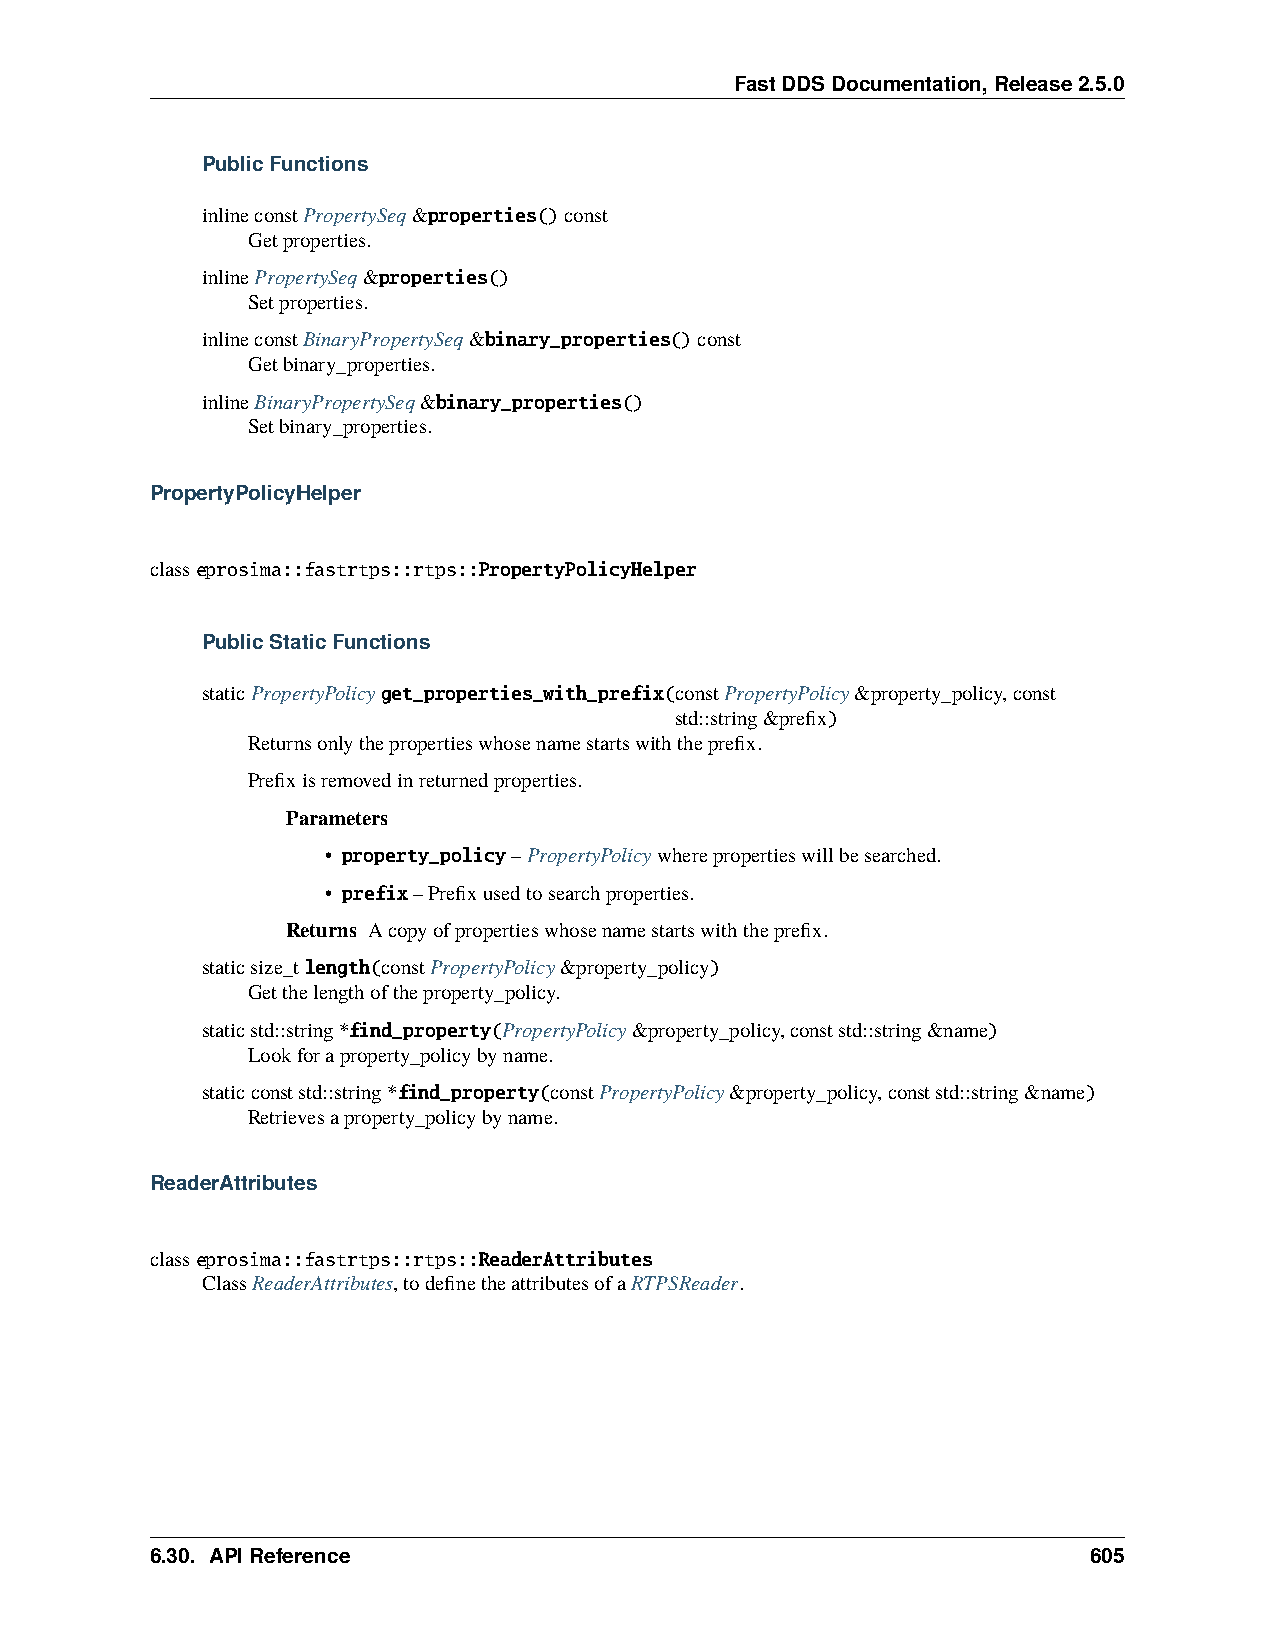
FastDDSDocumentation,Release2.5.0
 PublicFunctions
 inlineconstPropertySeq&properties()const
 Getproperties.
 inlinePropertySeq&properties()
 Setproperties.
 inlineconstBinaryPropertySeq&binary_properties()const
 Getbinary_properties.
 inlineBinaryPropertySeq&binary_properties()
 Setbinary_properties.
 PropertyPolicyHelper
 classeprosima::fastrtps::rtps::PropertyPolicyHelper
 PublicStaticFunctions
 staticPropertyPolicyget_properties_with_prefix(constPropertyPolicy&property_policy,const
 std::string&prefix)
 Returnsonlythepropertieswhosenamestartswiththeprefix.
 Prefixisremovedinreturnedproperties.
 Parameters
 • property_policy–PropertyPolicywherepropertieswillbesearched.
 • prefix–Prefixusedtosearchproperties.
 Returns Acopyofpropertieswhosenamestartswiththeprefix.
 staticsize_tlength(constPropertyPolicy&property_policy)
 Getthelengthoftheproperty_policy.
 staticstd::string*find_property(PropertyPolicy&property_policy,conststd::string&name)
 Lookforaproperty_policybyname.
 staticconststd::string*find_property(constPropertyPolicy&property_policy,conststd::string&name)
 Retrievesaproperty_policybyname.
 ReaderAttributes
 classeprosima::fastrtps::rtps::ReaderAttributes
 ClassReaderAttributes,todefinetheattributesofaRTPSReader.
 6.30. APIReference                                            605